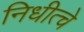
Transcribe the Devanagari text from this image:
निधीत्चे